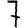
Digit: 7